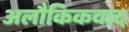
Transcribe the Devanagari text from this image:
अलौकिकवाद